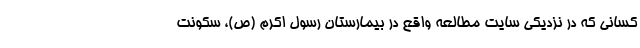
کسانی که در نزدیکی سایت مطالعه واقع در بیمارستان رسول اکرم (ص)، سکونت